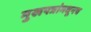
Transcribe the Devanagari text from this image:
मुखपत्रांमधूनच